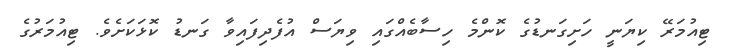
ޓިއުމަރޭ ކިޔަނީ ހަށިގަނޑުގެ ކޮންމެ ހިސާބެއްގައި ވިޔަސް އުފެދިފައިވާ ގަނޑު ކޮޅަކަށެވެ. ޓިއުމަރުގެ